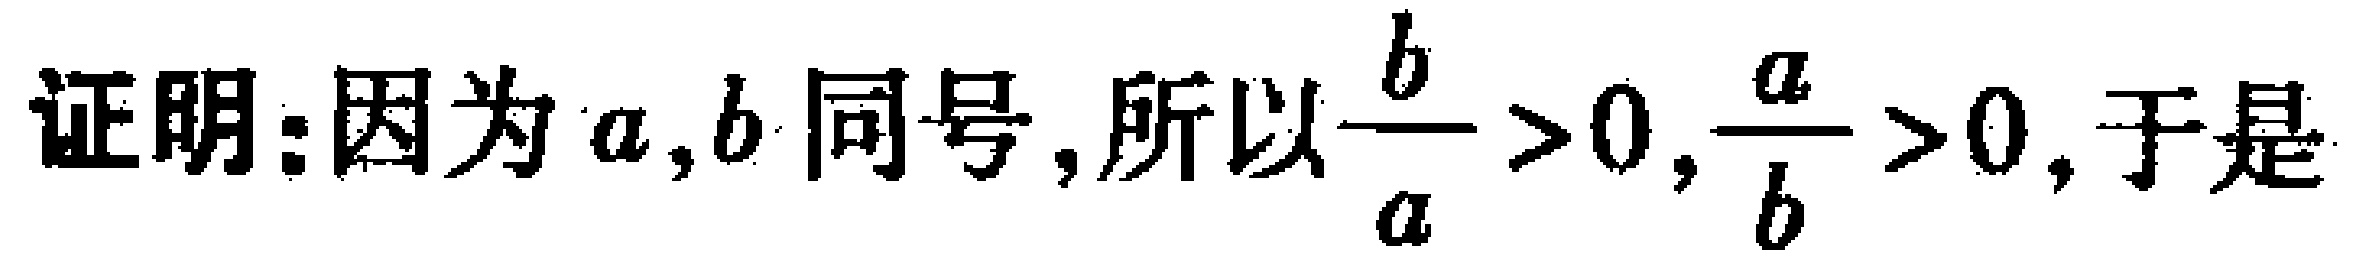
证明：因为\(a,b\)同号，所以\(\dfrac{b}{a}>0,\dfrac{a}{b}>0\)，于是